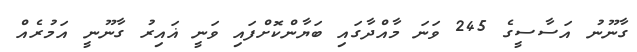
ގާނޫނު އަސާސީގެ 245 ވަނަ މާއްދާގައި ބަޔާންކޮށްފައި ވަނީ ޣައިރު ގާނޫނީ އަމުރެއް